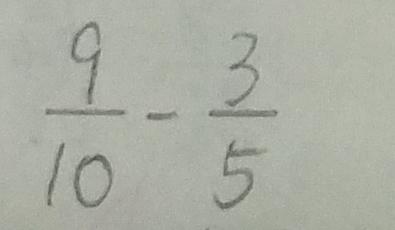
\frac { 9 } { 1 0 } - \frac { 3 } { 5 }